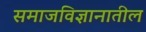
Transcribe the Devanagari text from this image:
समाजविज्ञानातील